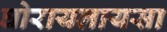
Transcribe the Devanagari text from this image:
घोरायलायसा